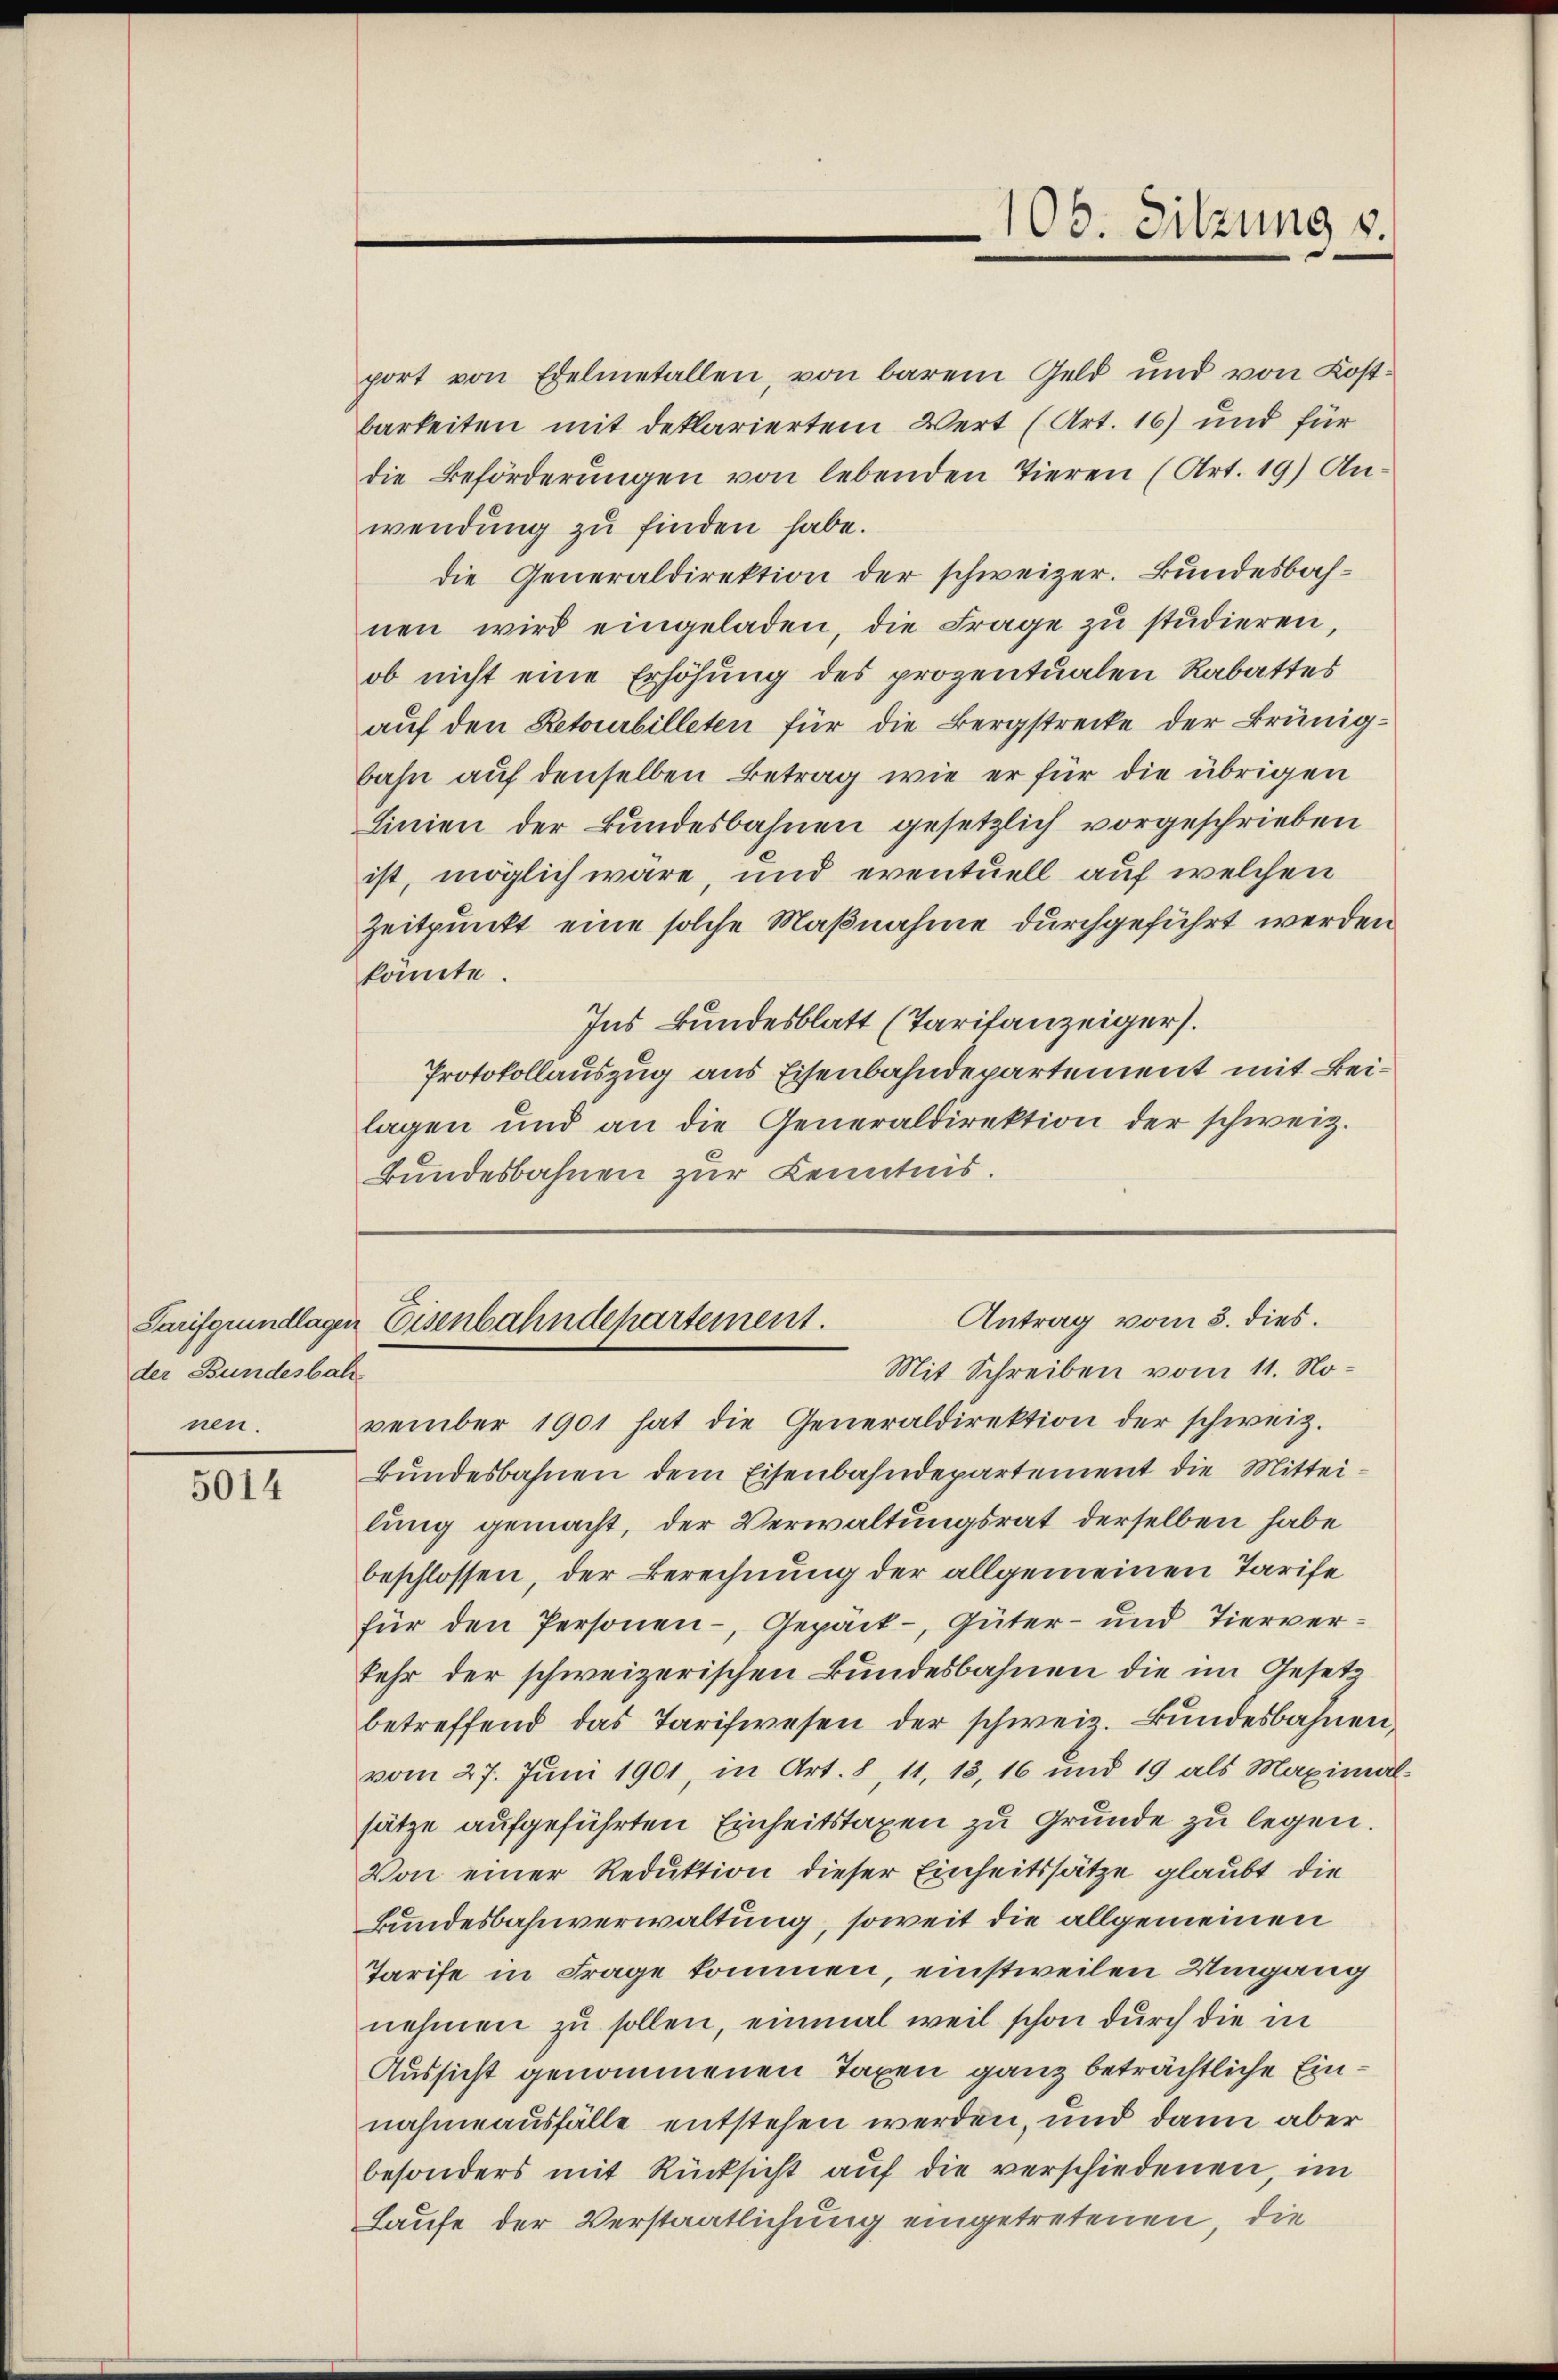
Sarifgrundlager.
der Bundesbah
nen.

5014

port von Edelmetallen, von barem Geld und von Kostbarkeiten mit deklariertem Wert (Art. 16) und für
die Beförderungen von lebenden Tieren (Art. 19) An-
wendung zu finden habe.
die Generaldirektion der schweizer. Bundesbachnen wird eingeladen, die Frage zŭ studieren,
ob nicht eine Erhöhung des prozentualen Rabattes
auf den Retourbilleten für die Bergstrecke der Brünigbahn auf denselben Betrag wie er für die übrigen
Linien der Bundesbahnen gesetzlich vorgeschrieben
ist, möglich wäre, und eventuell auf welchen
Zeitpunkt eine solche Maßnahme durchgeführt werden
könnte.
Ins Bundesblatt (Tarifanzeiger.
Protokollauszug aus Eisenbahndepartement mit Beilagen und an die Generaldirektion der schweiz.
Bundesbahnen zur Kenntnis.

106. Sitzung v.

Antrag vom 3. dies.
Eisenbahndepartement.

Mit Schreiben vom 11. November 1901 hat die Generaldirektion der schweiz.
Bundesbahnen dem Eisenbahndepartement die Mittei-
lung gemacht, der Verwaltungsrat derselben habe
beschlossen, der Berechnung der allgemeinen Tarife
für den Personen-, Gepack-, Güter- und Tierverkehr der schweizerischen Bundesbahnen die im Gesetz
betreffend das Tarifwesen der schweiz. Bŭndesbahnen,
vom 27. Juni 1901, in Art. 8, 11, 13, 16 und 19 als Maximal-
sätze aufgeführten Einheitstaxen zu Grunde zu legen.
Von einer Reduktion dieser Einheitssätze glaubt die
Bundesbahnverwaltung, soweit die allgemeinen
Tarife in Frage kommen, einstweilen Umgang
nehmen zu sollen, einmal weil schon durch die in
Aussicht genommenen Taxen ganz beträchtliche Einnahme ausfälle entstehen werden, und dann aber
besonders mit Rücksicht aŭf die verschiedenen, im
Laufe der Verstaatlichung eingetretenen, die